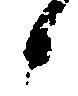
候